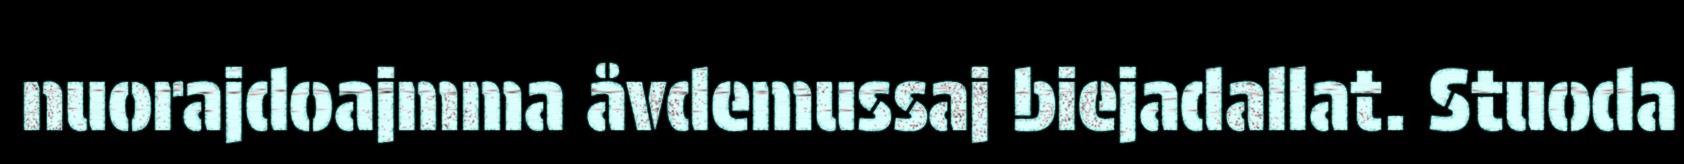
nuorajdoajmma åvdemussaj biejadallat. Stuoda